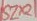
Text: SZR1